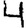
Digit: 4